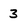
Character: 3